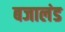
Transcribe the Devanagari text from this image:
बजालंड